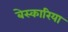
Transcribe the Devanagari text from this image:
बेस्कारिया